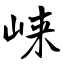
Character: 崃